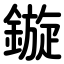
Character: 鏇